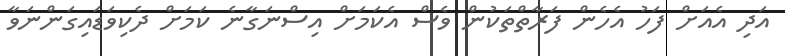
އަދި އެއަށް ފަހު އެހެން ފަރާތްތަކުން ވެސް އެކަމަށް އިސްނަގާނެ ކަމަށް ދެކިވަޑައިގަންނަވާ